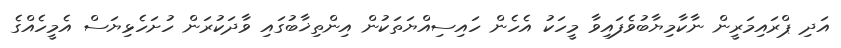
އަދި ޕްރައިމަރީން ނާކާމިޔާބުވެފައިވާ މީހަކު އެެހެން ހައިސިއްޔަތަކުން އިންތިޚާބުގައި ވާދަކުރަން ހުށަހެޅިޔަސް އެމީހެއްގެ